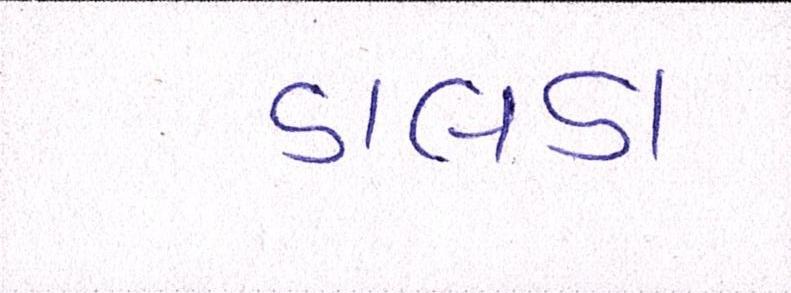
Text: ડાલડા